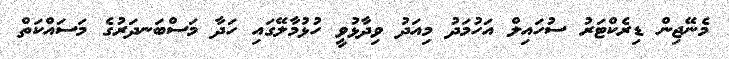
މެނޭޖިން ޑިރެކްޓަރު ސުހައިލް އަހުމަދު މިއަދު ވިދާޅުވީ ހުޅުމާލޭގައި ހަދާ މަސްބަނދަރުގެ މަސައްކަތް